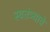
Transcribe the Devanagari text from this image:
स्वतंत्र्याचे